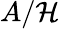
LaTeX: A/\mathcal{H}